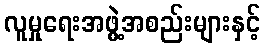
လူမှုရေးအဖွဲ့အစည်းများနှင့်